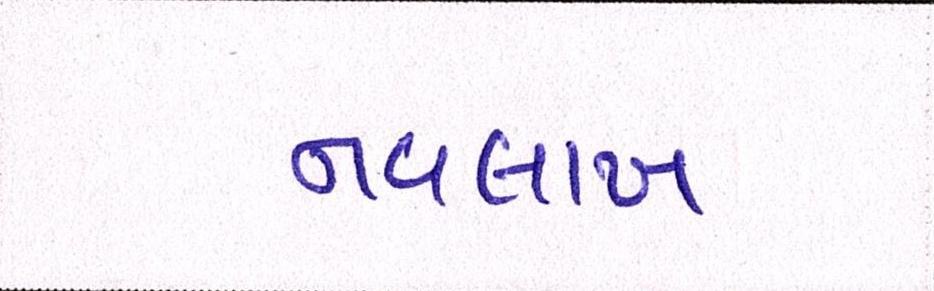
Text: નવલાખ